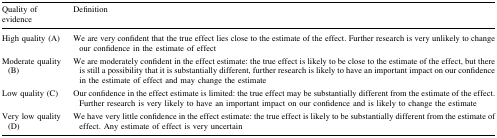
<table><thead><tr><td><b>Quality of evidence</b></td><td><b>Definition</b></td></tr></thead><tbody><tr><td>High quality (A)</td><td>We are very confident that the true effect lies close to the estimate of the effect. Further research is very unlikely to change our confidence in the estimate of effect</td></tr><tr><td>Moderate quality (B)</td><td>We are moderately confident in the effect estimate: the true effect is likely to be close to the estimate of the effect, but there is still a possibility that it is substantially different, further research is likely to have an important impact on our confidence in the estimate of effect and may change the estimate</td></tr><tr><td>Low quality (C)</td><td>Our confidence in the effect estimate is limited: the true effect may be substantially different from the estimate of the effect. Further research is very likely to have an important impact on our confidence and is likely to change the estimate</td></tr><tr><td>Very low quality (D)</td><td>We have very little confidence in the effect estimate: the true effect is likely to be substantially different from the estimate of effect. Any estimate of effect is very uncertain</td></tr></tbody></table>